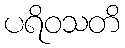
ပရိဝသတိ